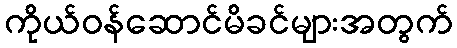
ကိုယ်ဝန်ဆောင်မိခင်များအတွက်